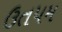
ઉતપમ